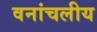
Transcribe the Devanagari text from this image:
वनांचलीय